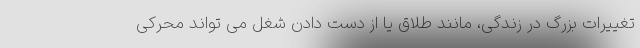
تغییرات بزرگ در زندگی، مانند طلاق یا از دست دادن شغل می تواند محرکی